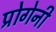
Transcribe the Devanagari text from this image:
प्रोगेनी